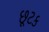
છૂટક